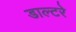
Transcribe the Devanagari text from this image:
डाल्टरे